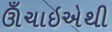
ઊઁચાઇએથી